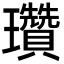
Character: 瓚